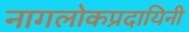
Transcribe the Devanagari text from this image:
नागलोकप्रदायिनी